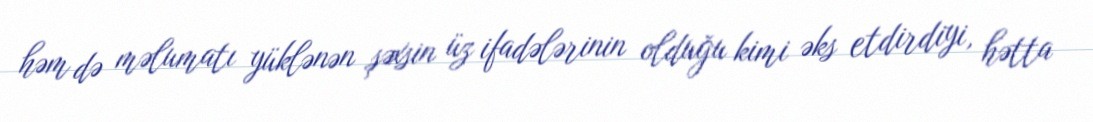
həm də məlumatı yüklənən şəxsin üz ifadələrinin olduğu kimi əks etdirdiyi, hətta